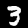
Label: 3